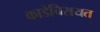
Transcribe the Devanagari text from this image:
काडेचिरायत